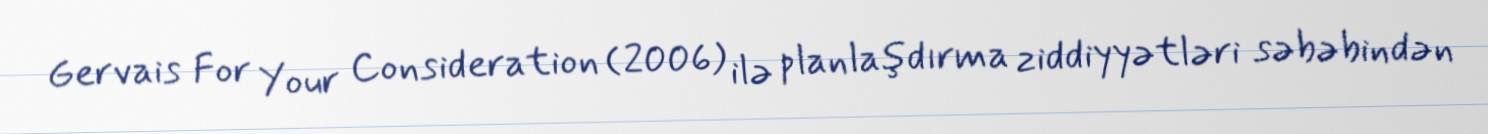
Gervais For Your Consideration (2006) ilə planlaşdırma ziddiyyətləri səbəbindən